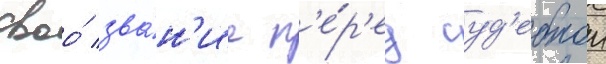
своо́ зва́н'ие п'е́р'ед суд'ебнои